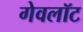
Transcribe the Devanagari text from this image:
गेवलॉट